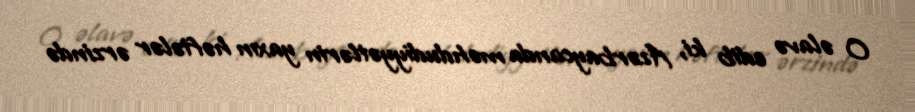
O əlavə edib ki, Azərbaycanda məhdudiyyətlərin yaxın həftələr ərzində